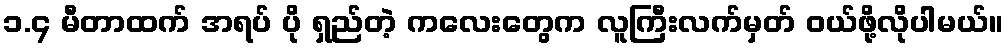
၁.၄ မီတာထက် အရပ် ပို ရှည်တဲ့ ကလေးတွေက လူကြီးလက်မှတ် ဝယ်ဖို့လိုပါမယ်။